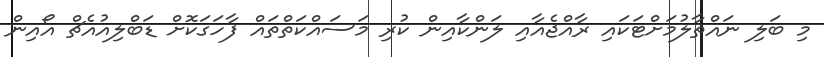
މި ބަލި ނައްތާލުމަށްޓަކައި ރާއްޖެއާއި ލަންކާއިން ކުރި މަސައްކަތްތައް ފާހަގަކޮށް ޑަބްލިއުއެޗް އޯއިން